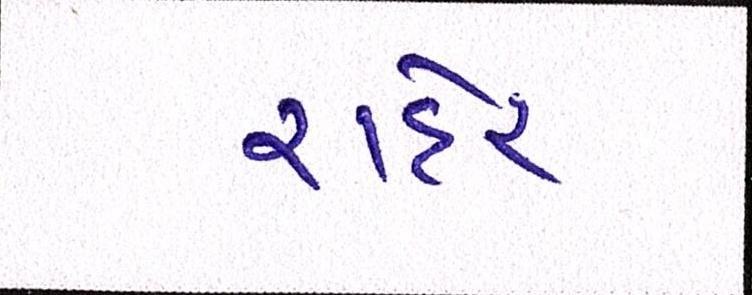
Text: રાંદેર